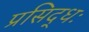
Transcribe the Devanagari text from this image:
प्रसिद्धः